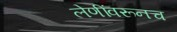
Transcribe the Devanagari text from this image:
लेणींवरूनच